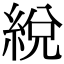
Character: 綐